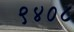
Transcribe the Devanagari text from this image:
९४०८